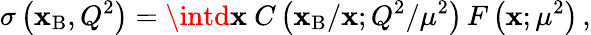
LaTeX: \sigma\left(\mathbf{x}_{\mathrm{{B}}},Q^{2}\right)=\intd\mathbf{x}\ C\left(\mathbf{x}_{\mathrm{{B}}}/\mathbf{x};Q^{2}/\mu^{2}\right)\, F\left(\mathbf{x};\mu^{2}\right)\, ,